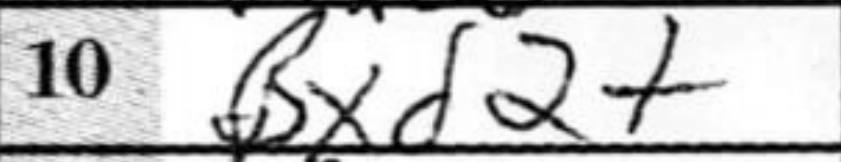
Transcription: Bxd2+